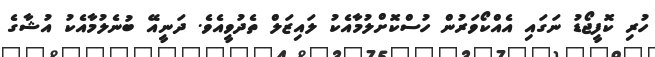
ހުރި ކޮފީޖޯޑު ނަގައި އެއްކޯވަރުން ހުސްކޮށްލުމާއެކު ލައިޒަލް ތެދުވީއެވެ. ދަނީއޭ ބުނެލުމާއެކު އުޝާގެ